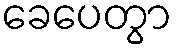
ခေပေတွာ